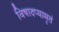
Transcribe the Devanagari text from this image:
विषादप्यामृतं